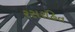
રસરહિત